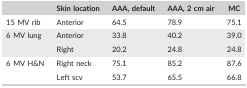
<table><thead><tr><td></td><td><b>Skin location</b></td><td><b>AAA, default</b></td><td><b>AAA, 2 cm air</b></td><td><b>MC</b></td></tr></thead><tbody><tr><td>15 MV rib</td><td>Anterior</td><td>64.5</td><td>78.9</td><td>75.1</td></tr><tr><td rowspan="2">6 MV lung</td><td>Anterior</td><td>33.8</td><td>40.2</td><td>39.0</td></tr><tr><td>Right</td><td>20.2</td><td>24.8</td><td>24.8</td></tr><tr><td rowspan="2">6 MV H&amp;N</td><td>Right neck</td><td>75.1</td><td>85.2</td><td>87.6</td></tr><tr><td>Left scv</td><td>53.7</td><td>65.5</td><td>66.8</td></tr></tbody></table>